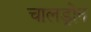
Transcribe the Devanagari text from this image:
चालड्रोन